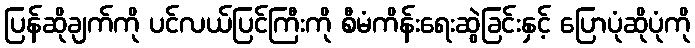
ပြန်ဆိုချက်ကို ပင်လယ်ပြင်ကြီးကို စီမံကိန်းရေးဆွဲခြင်းနှင့် ပြောပုံဆိုပုံကို